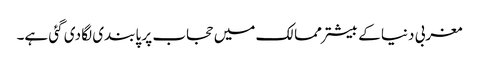
مغربی دنیا کے بیشتر ممالک میں حجاب پر پابندی لگا دی گئی ہے۔